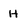
Character: H